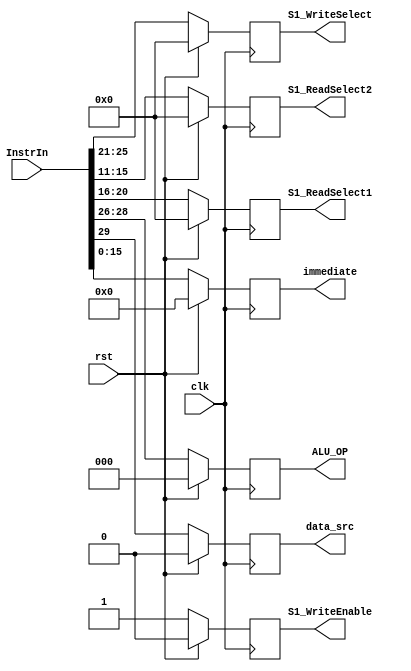
module S1_Register(
	input clk,
	input rst,
	input [31:0] InstrIn,
	output reg [4:0]   S1_ReadSelect1,
	output reg [4:0]   S1_ReadSelect2,
	output reg [4:0]   S1_WriteSelect,
	output reg         S1_WriteEnable,
	output reg [15:0]  immediate,
	output reg         data_src,
	output reg [2:0]   ALU_OP
   );

	always@(posedge clk)
		begin
		if (rst)
			begin
			S1_ReadSelect1 <= 5'd0;
			S1_ReadSelect2 <= 5'd0;
			S1_WriteSelect <= 5'd0;
			S1_WriteEnable <= 1'b0;
			immediate <= 16'b0;
			data_src <= 1'b0;
			ALU_OP <= 1'b000;

			end
		else
			begin
			S1_ReadSelect1 <= InstrIn[20:16];
			S1_ReadSelect2 <= InstrIn[15:11];
			S1_WriteSelect <= InstrIn[25:21];
			S1_WriteEnable <= 1;
		    immediate <= InstrIn[15:0];
			data_src <= InstrIn[29];
			ALU_OP <= InstrIn[28:26];
			end
		end

endmodule